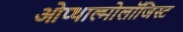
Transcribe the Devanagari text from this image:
ओप्थाल्मोलॉजिस्ट